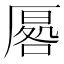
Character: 𭆔